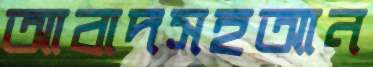
আবাদসহআন